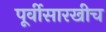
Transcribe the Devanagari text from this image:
पूर्वीसारखीच